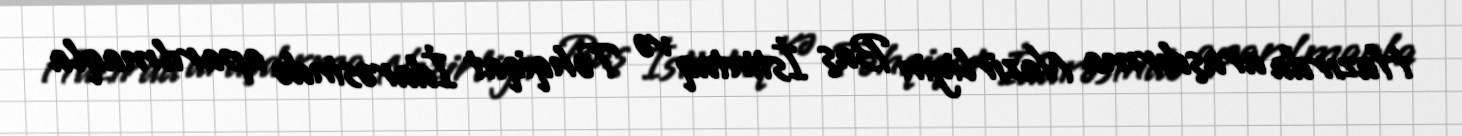
Hazırda araşdırma Nazirliyin Baş İstintaq və Təhqiqat İdarəsində aparılmaqla